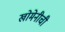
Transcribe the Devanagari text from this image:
खोमेनीची